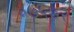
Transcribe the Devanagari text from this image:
०७५७२